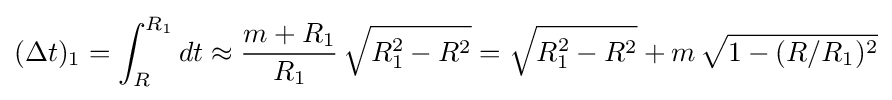
(\Delta t)_{1}=\int _{R}^{R_{1}}dt\approx {\frac {m+R_{1}}{R_{1}}}\,{\sqrt {R_{1}^{2}-R^{2}}}={\sqrt {R_{1}^{2}-R^{2}}}+m\,{\sqrt {1-(R/R_{1})^{2}}}